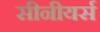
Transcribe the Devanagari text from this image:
सीनीयर्स